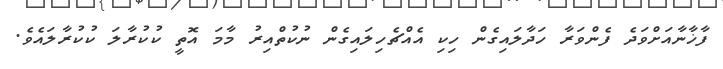
ފާޚާނާއަށްވަދެ ފެންވަރާ ހަދާލައިގެން ހިކި އެއްޗެހިލައިގެން ނުކުތްއިރު މާމަ އޮތީ ކުކުރާލަ ކުކުރާލައެވެ.